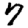
Digit: 7